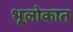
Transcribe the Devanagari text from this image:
भूलोकात